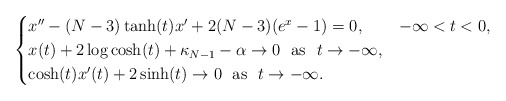
\begin{align*}\begin{cases}x''-(N-3)\tanh(t)x'+2(N-3)(e^x-1)=0, & -\infty<t<0,\\x(t)+2\log\cosh(t)+\kappa_{N-1}-\alpha\rightarrow 0\ \ \textrm{as}\ \ t\rightarrow -\infty,\\\cosh(t)x'(t)+2\sinh(t)\rightarrow 0\ \ \textrm{as}\ \ t\rightarrow -\infty.\end{cases}\end{align*}